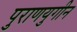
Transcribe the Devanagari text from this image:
पुराणयुगीन